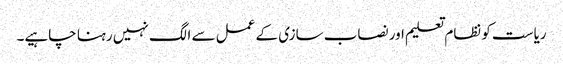
ریاست کو نظام تعلیم اور نصاب سازی کے عمل سے الگ نہیں رہنا چاہیے۔